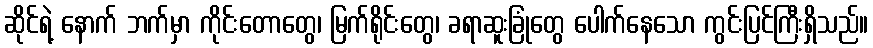
ဆိုင်ရဲ့ နောက် ဘက်မှာ ကိုင်းတောတွေ၊ မြက်ရိုင်းတွေ၊ ခရာဆူးခြုံတွေ ပေါက်နေသော ကွင်းပြင်ကြီးရှိသည်။